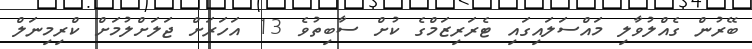
ބޭރުން ގެއްލުވާލި މައްސަލައިގައި ޓެރަރިޒަމްގެ ކުށް ސާބިތުވެ 13 އަހަރަށް ޖަލަށްލުމަށް ކްރިމިނަލް